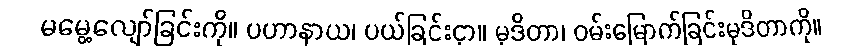
မမွေ့လျော်ခြင်းကို။ ပဟာနာယ၊ ပယ်ခြင်းငှာ။ မုဒိတာ၊ ဝမ်းမြောက်ခြင်းမုဒိတာကို။